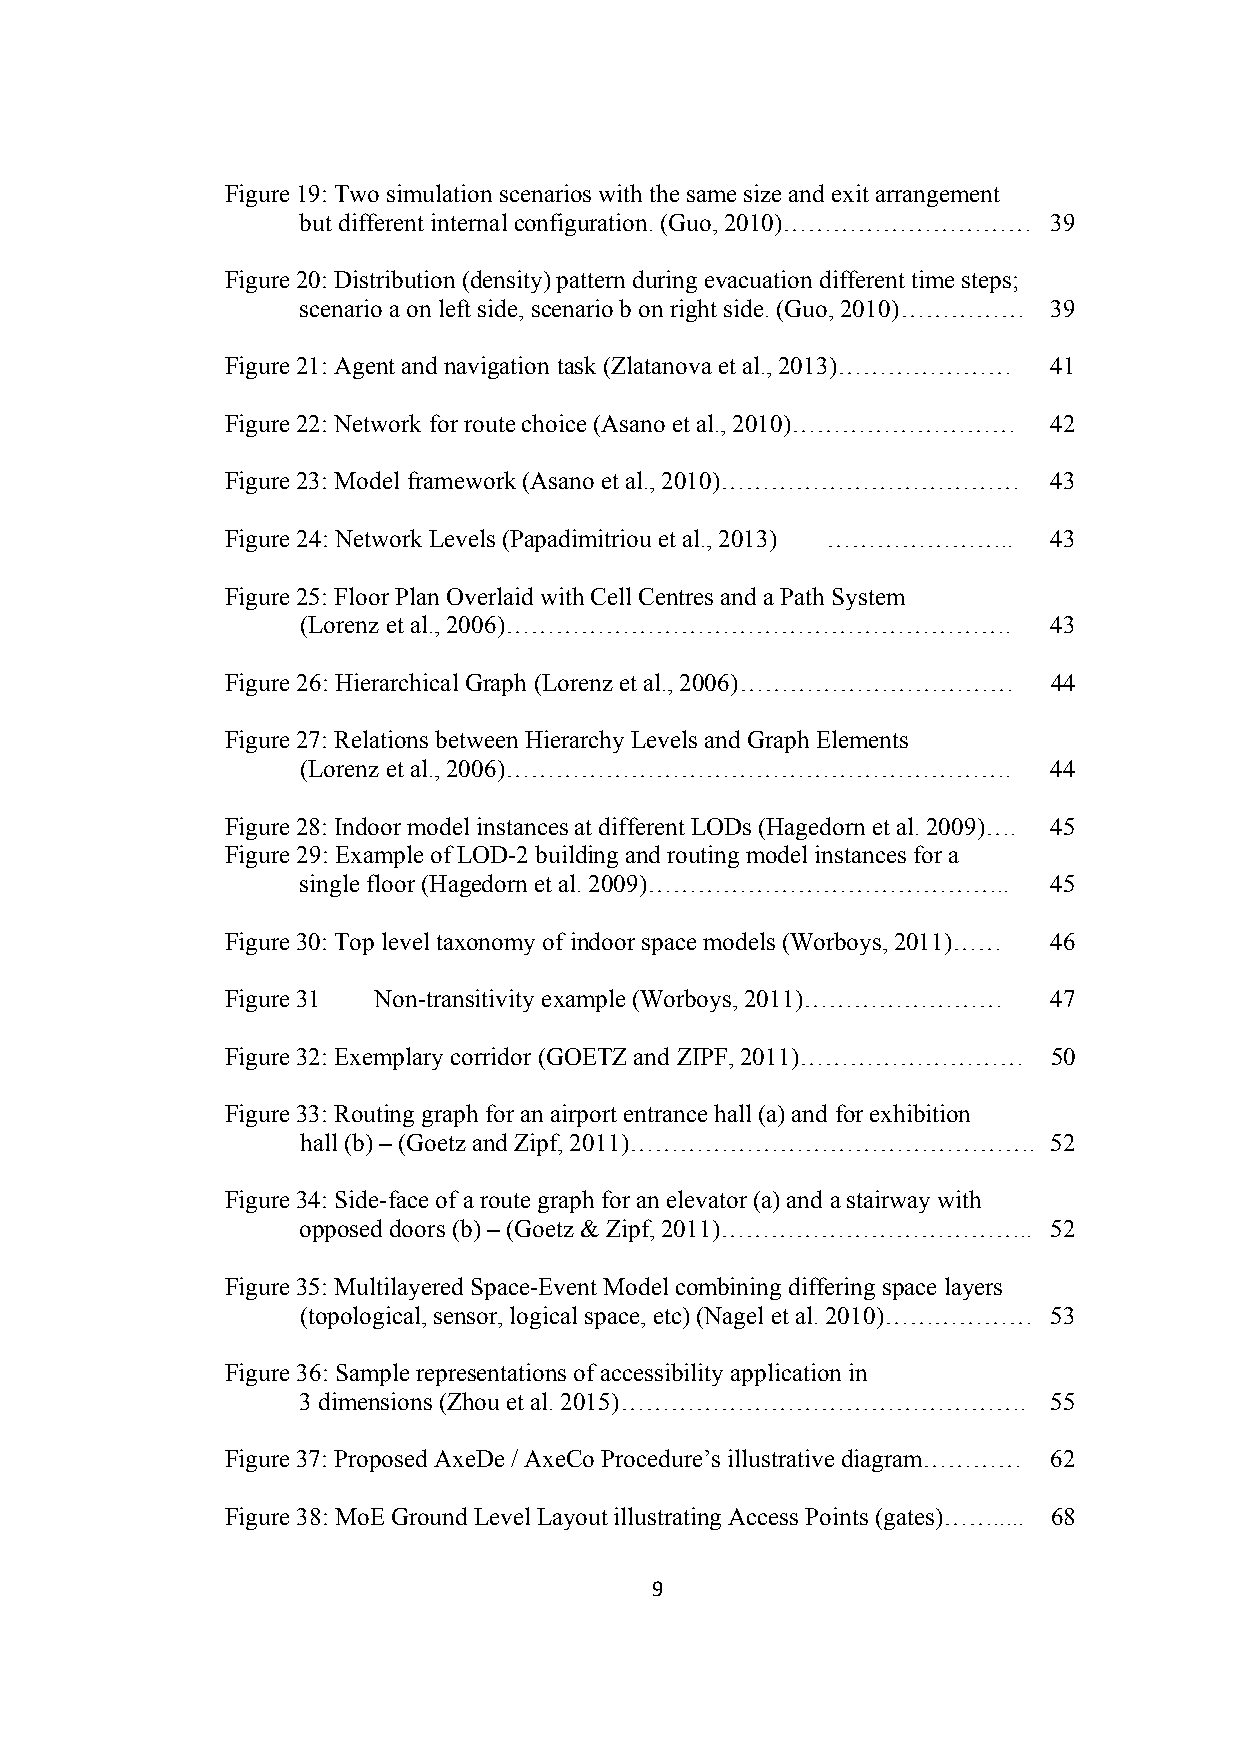
Figure 19: Two simulation scenarios with the same size and exit arrangement
 but different internal configuration. (Guo, 2010)………………………… 39
 Figure 20: Distribution (density) pattern during evacuation different time steps;
 scenario a on left side, scenario b on right side. (Guo, 2010) …………… 39
 Figure 21: Agent and navigation task (Zlatanova et al., 2013)………………… 41
 Figure 22: Network for route choice (Asano et al., 2010)……………………… 42
 Figure 23: Model framework (Asano et al., 2010)……………………………… 43
 Figure 24: Network Levels (Papadimitriou et al., 2013) ………………….. 43
 Figure 25: Floor Plan Overlaid with Cell Centres and a Path System
 (Lorenz et al., 2006)…………………………………………………….        43
 Figure 26: Hierarchical Graph (Lorenz et al., 2006)…………………………… 44
 Figure 27: Relations between Hierarchy Levels and Graph Elements
 (Lorenz et al., 2006)…………………………………………………….        44
 Figure 28: Indoor model instances at different LODs (Hagedorn et al. 2009)…. 45
 Figure 29: Example of LOD-2 building and routing model instances for a
 single floor (Hagedorn et al. 2009)…………………………………….. 45
 Figure 30: Top level taxonomy of indoor space models (Worboys, 2011)…… 46
 Figure 31 Non-transitivity example (Worboys, 2011)…………………… 47
 Figure 32: Exemplary corridor (GOETZ and ZIPF, 2011)……………………… 50
 Figure 33: Routing graph for an airport entrance hall (a) and for exhibition
 hall (b) – (Goetz and Zipf, 2011)…………………………………………. 52
 Figure 34: Side-face of a route graph for an elevator (a) and a stairway with
 opposed doors (b) – (Goetz & Zipf, 2011)……………………………….. 52
 Figure 35: Multilayered Space-Event Model combining differing space layers
 (topological, sensor, logical space, etc) (Nagel et al. 2010)……………… 53
 Figure 36: Sample representations of accessibility application in
 3 dimensions (Zhou et al. 2015)………………………………………….  55
 Figure 37: Proposed AxeDe / AxeCo Procedure’s illustrative diagram………… 62
 Figure 38: MoE Ground Level Layout illustrating Access Points (gates)……..... 68
 9